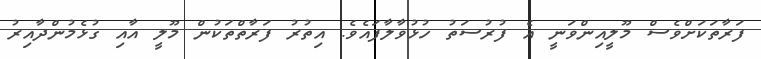
ފަރާތަކަށްވެސް މޫލީއިންވަނީ އެ ފުރުސަތު ހުޅުވާލާފައެވެ. އިތުރު ފަރާތްތަކުން މޫލީ އާއި ގުޅެމުންދާއިރު